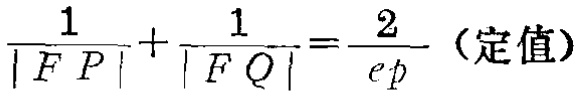
$\frac{1}{|FP|}+\frac{1}{|FQ|}=\frac{2}{ep}$（定值）